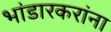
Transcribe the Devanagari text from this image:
भांडारकरांना